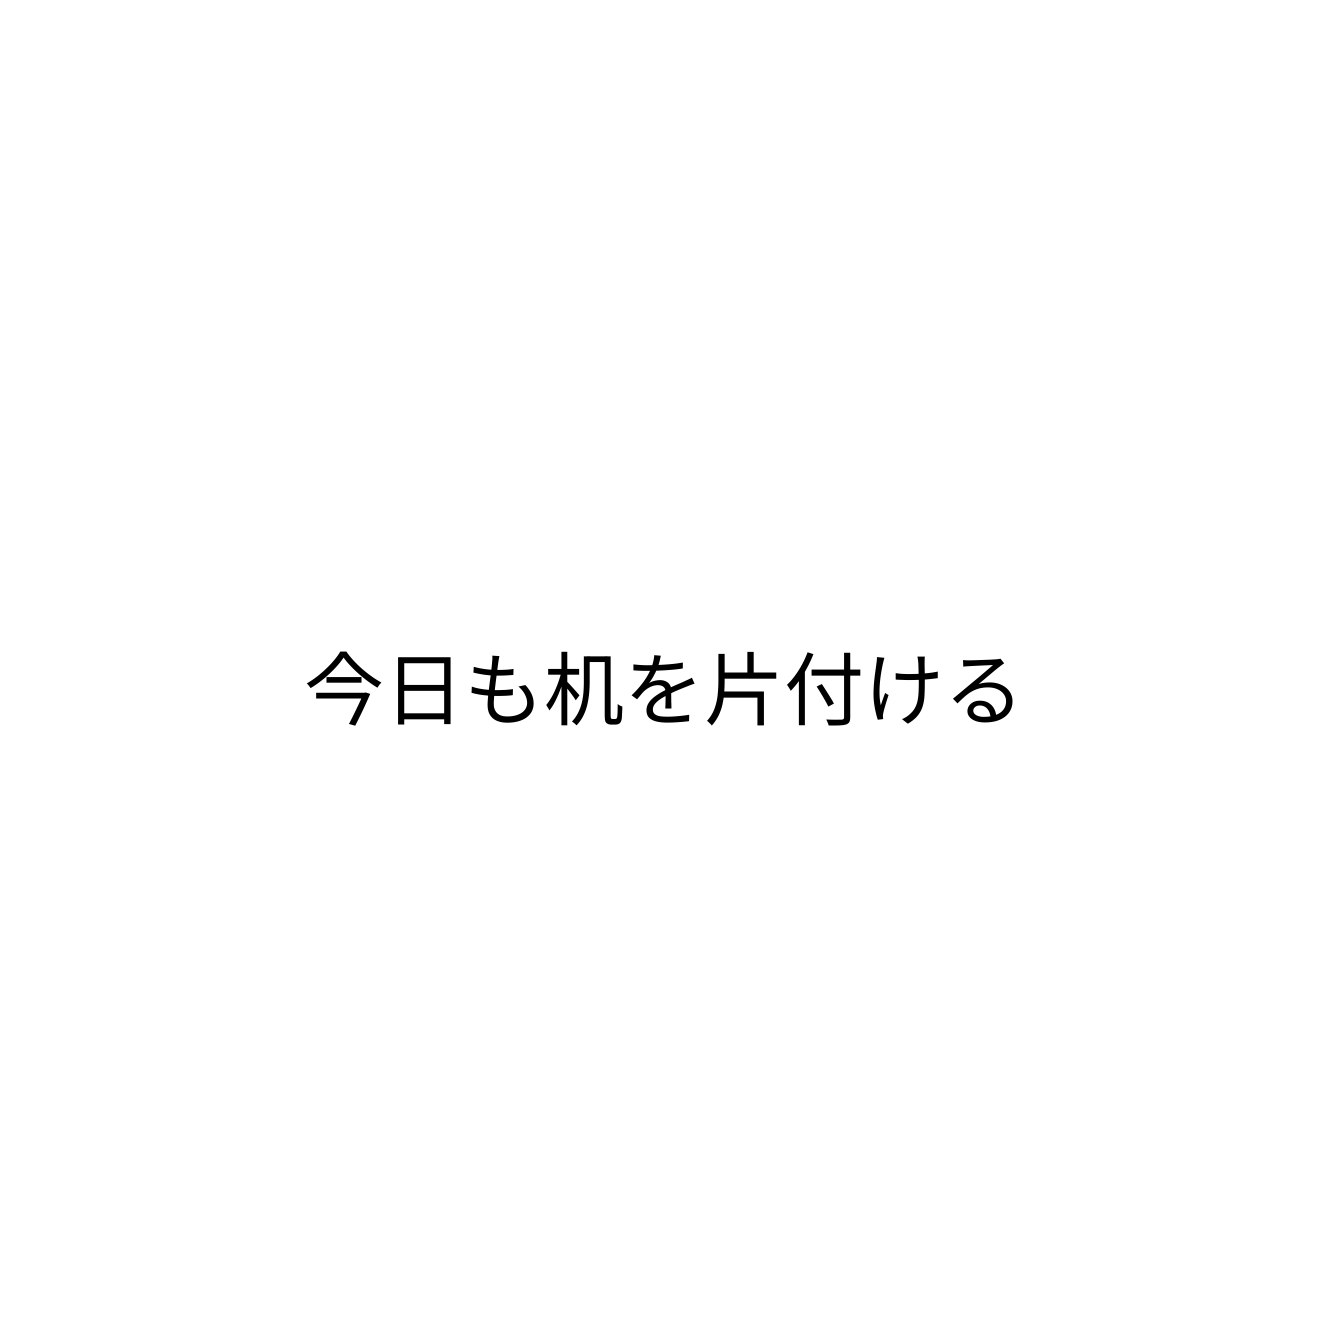
今日も机を片付ける